Annual administration report of the Civil Veterinary Department of India - 1893-1894
Year: 1893
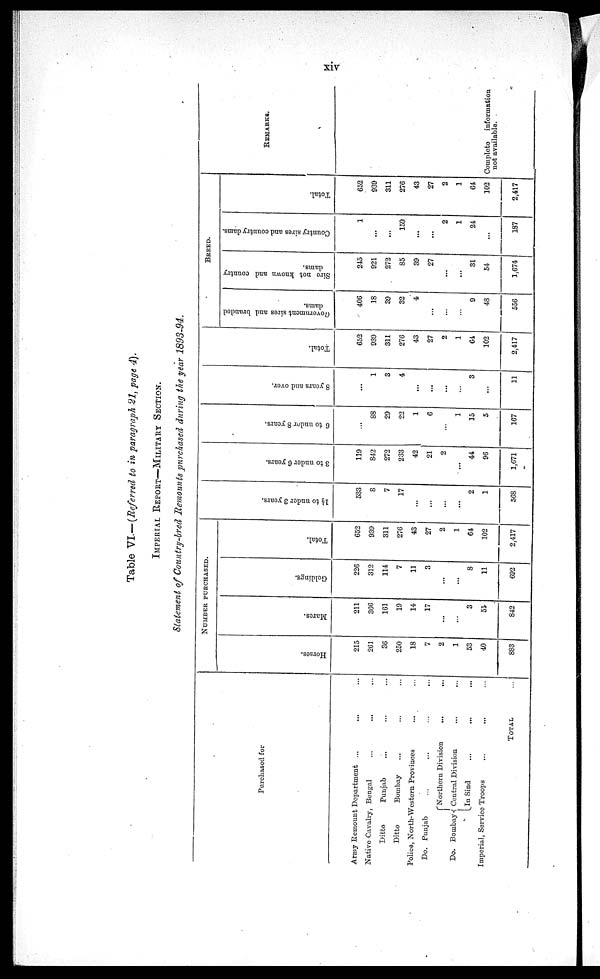
xiv
Table VI.—(Referred to in paragraph 21, page 4).
IMPERIAL REPORT—MILITARY SECTION.
Statement of Country-bred Remounts purchased during the year 1893-94.
Purchased for
Army Remount Department ... ... ...
Native Cavalry, Bengal ... ... ...
Ditto Punjab ... ... ...
Ditto Bombay ... ... ...
Police, North-Western Provinces ... ...
Do. Punjab
...
...
...
...
Do. Bombay
Northern Division
....
...
Central Division
...
...
In Sind
...
...
...
Imperial, Service Troops ... ... ...
TOTAL ...
NUMBER PURCHASED.
Horses.
215
261
36
250
18
7
2
1
53
40
883
Mares.
211
366
161
19
14
17
...
...
3
51
842
Geldings.
226
312
114
7
11
3
...
...
8
11
692
Total.
652
939
311
276
43
27
2
1
64
102
2,417
1½ to under 3 year s.
533
8
7
17
...
...
...
...
2
1
568
3 to under 6 years.
119
842
272
233
42
21
2
...
44
96
1,671
6 to under 8 year s.
...
88
29
22
1
6
1
15
5
167
8 y e a r s a n d over .
...
1
3
4
...
...
...
...
3
...
11
Total.
652
939
311
276
43
27
2
1
64
102
2,417
BREED.
Government
sires and branded
dams.
406
18
39
32
4
...
...
...
9
48
556
Sire not known and country
dams.
245
921
272
85
39
27
...
...
31
54
1,674
Country sires and country dams.
1
...
...
159
...
...
2
1
24
...
187
Total.
652
939
311
276
43
27
2
1
64
102
2,417
REMARKS.
Complete
information
not available.